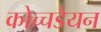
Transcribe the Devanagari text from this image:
कोच्चडैयन